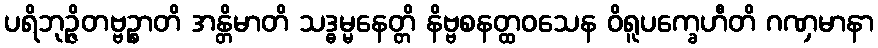
ပရိဘုဉ္ဇိတဗ္ဗဉ္စာတိ အန္တိမာတိ သဒ္ဓမ္မနေတ္တိ နိဗ္ဗစနတ္ထဝသေန ဝိရူပက္ခေဟီတိ ဂဏှမာနာ